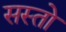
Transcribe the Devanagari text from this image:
सस्तो